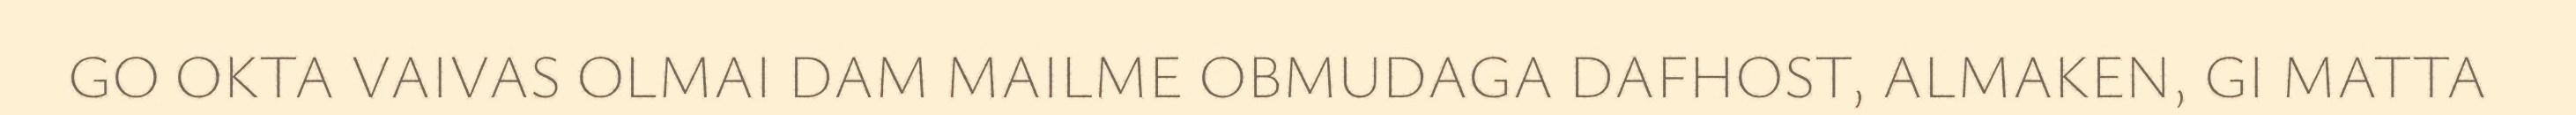
GO OKTA VAIVAS OLMAI DAM MAILME OBMUDAGA DAFHOST, ALMAKEN, GI MATTA